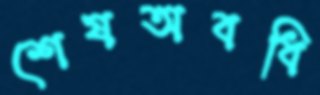
শেষঅবধি